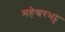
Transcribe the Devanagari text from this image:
महेश्वरभट्ट